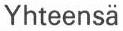
Yhteensä